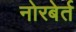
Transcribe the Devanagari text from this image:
नोरबेर्त